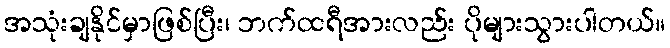
အသုံးချနိုင်မှာဖြစ်ပြီး၊ ဘက်ထရီအားလည်း ပိုများသွားပါတယ်။